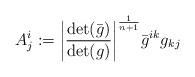
LaTeX: \begin{align*}A_j^i := { \left|\frac{\det(\bar g)}{\det(g)}\right|^{\frac{1}{n+1}}} \bar g^{ik} g_{kj} \end{align*}